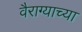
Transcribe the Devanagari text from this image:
वैराग्याच्या